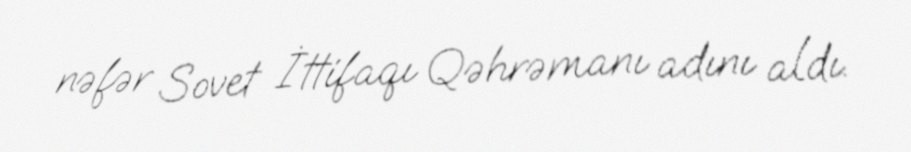
nəfər Sovet İttifaqı Qəhrəmanı adını aldı.